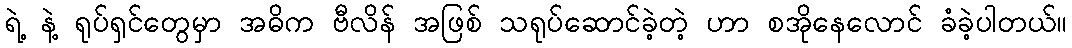
ရဲ့ နဲ့ ရုပ်ရှင်တွေမှာ အဓိက ဗီလိန် အဖြစ် သရုပ်ဆောင်ခဲ့တဲ့ ဟာ စအိုနေလောင် ခံခဲ့ပါတယ်။